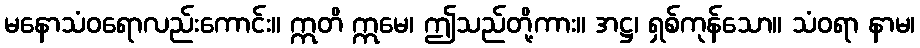
မနောသံဝရောလည်းကောင်း။ ဣတိ ဣမေ၊ ဤသည်တို့ကား။ အဋ္ဌ၊ ရှစ်ကုန်သော။ သံဝရာ နာမ၊